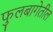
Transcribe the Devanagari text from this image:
फुलबागेतील